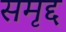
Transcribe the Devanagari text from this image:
समृद्द